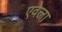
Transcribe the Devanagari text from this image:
एवेला